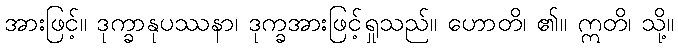
အားဖြင့်။ ဒုက္ခာနုပဿနာ၊ ဒုက္ခအားဖြင့်ရှုသည်။ ဟောတိ၊ ၏။ ဣတိ၊ သို့။